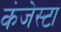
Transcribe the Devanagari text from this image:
कंजेस्टा